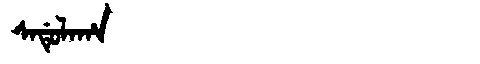
Manchu: ᠰᠠᡩᡠᠯᠠᡥᠠ
Romanization: SADULAHA